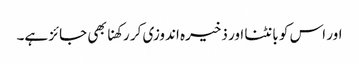
اور اس کو بانٹنا اور ذخیرہ اندوزی کر رکھنا بھی جائز ہے۔